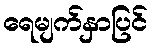
ရေမျက်နှာပြင်